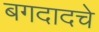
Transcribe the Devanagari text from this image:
बगदादचे